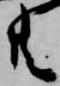
共